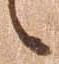
候